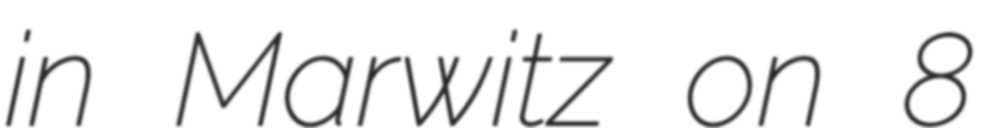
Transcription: in Marwitz on 8